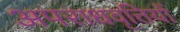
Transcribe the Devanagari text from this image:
अपराधवृत्तियों